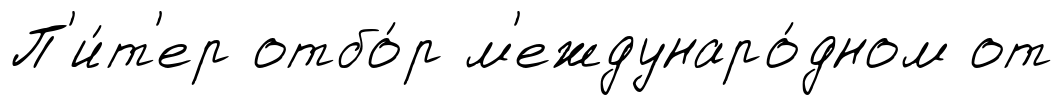
П'и́т'ер отбо́р м'еждунаро́дном от